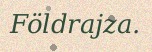
Földrajza.